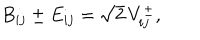
LaTeX: B _ { i j } \pm E _ { i j } = \sqrt { 2 } \, V _ { i j } ^ { \pm } ,